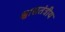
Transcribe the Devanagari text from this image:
श्वासतंत्रीय